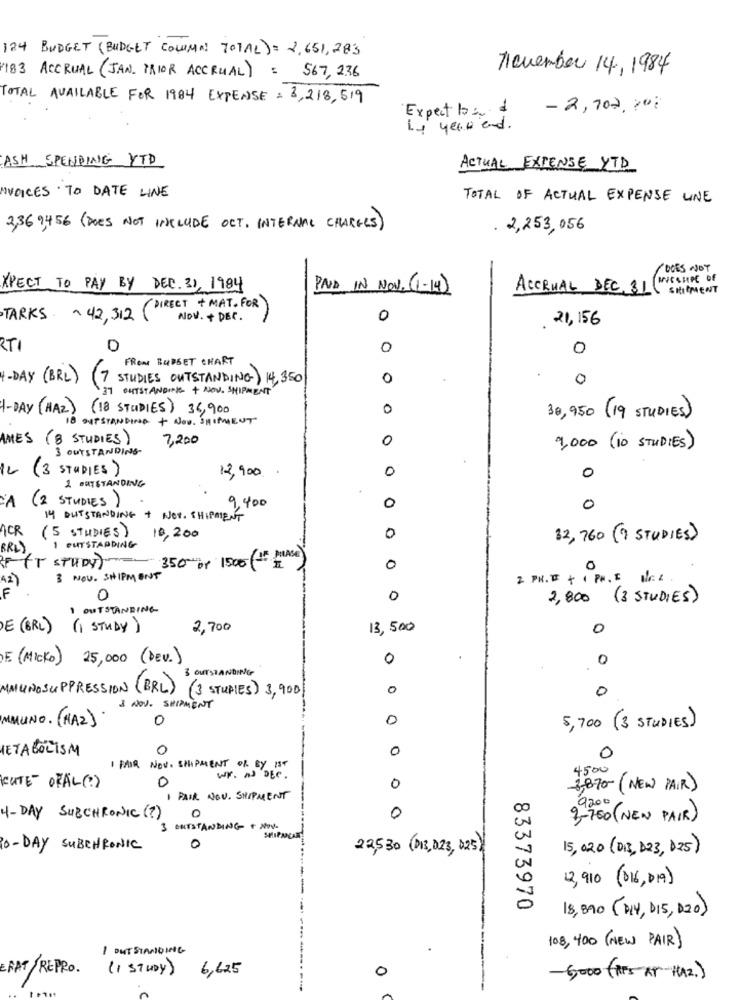
124 BUDGET (BUDGET COLUMN TOTAL) = 2,651,283
november 14, 1984
183 ACCRUAL (JAN. PRIOR ACCRUAL) : 567, 236
TOTAL AVAILABLE FOR 1984 EXPENSE = 3,218,519
Expect band
- 2,702, 200
14 year end.
ASH SPENDING YTD
ACTUAL EXPENSE YTD
INVOICES TO DATE LINE
TOTAL OF ACTUAL EXPENSE UNE
2,369,456 (DOES NOT INCLUDE OCT. INTERNAL CHARGES)
. 2,253,056
DOES NOT
XPECT TO PAY BY DEC. 31, 1984
PAID IN NOV. (1-14)
ACCRUAL DEC. 31("
SHIPMENT
TARKS - 42,312 (DIRECT +MAT. FOR)
NOV. + DET.
0
21,156
RTI
0
0
0
FROM BUDGET CHART
4-DAY ( BRL)
STUDIES OUTSTANDING 14,350
0
37 OUTSTANDING + NOV. SHIPMENT
1-DAY (HAZ) (18 STUDIES) 36,900
0
OUTSTANDING + NOO. SHIPMENT
30,950 (19 STUDIES)
AMES (8 STUDIES)
7,200
0
3 OUTSTANDING
9,000 ( 10 STUDIES)
12
(3 STUDIES)
12,900
0
0
1 OUTSTANDING
A (2 STUDIES)
9,400
0
0
14 OUTSTANDING + NOT. SHIPMENT
ACR
(5 STUDIES)
18,200
1 OUTSTANDING
0
32,760 (9 STUDIES)
BRL)
FT STUDY)
350 br 1500 (15 MASE)
0
0
42)
3 NOV. SHIPMENT
2 PK. I + 1 PH. I Nr. 2.
F
0
0
2,800 (3 STUDIES)
1 OUTSTANDING
DE ( BRL) (1 STUDY )
2,700
13,500
0
E ( MICKO )
25,000 (DEv.)
0
0
OUTSTA
0
0
MMUNOSUPPRESSION (BRL) (3 STUDIES) 3,900
1 NOV. SHIPMENT
IMMUNO. (HAZ)
0
5,700 (3 STUDIES)
METABOLISM
0
0
0
FAIR NOV. SHIPMENT OR BY IST
wr . as DEC .
4500
0
CUTE OFAL (? )
0
3,870 (NEW PAIR)
1 PAIR NOU. SHIPMENT
9200
4- DAY SUBCHRONIC (?)
O
0
9-750 (NEW PAIR)
3 OUTSTANDING + NOVO
10 -DAY SUBCHRONIC
0
22,530 (DIE, 023, 025)
15,020 (DIS, D23, 825)
12,910 (016, 019)
83373970
18,890 (DIY, DI5, 020)
108, 400 ( NEW PAIR)
1 OUT STANDING
ERAT/REPRO.
(1 STUDY) 6,625
0
-6000 ( FS AP HAZ.)
----------